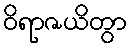
ဝိရာဇယိတွာ